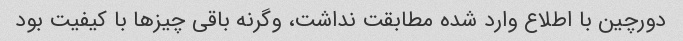
دورچین با اطلاع وارد شده مطابقت نداشت، وگرنه باقی چیزها با کیفیت بود